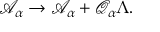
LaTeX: \mathcal { A } _ { \alpha } \rightarrow \mathcal { A } _ { \alpha } + \mathcal { Q } _ { \alpha } \Lambda .